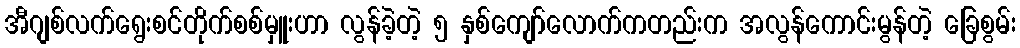
အီဂျစ်လက်ရွေးစင်တိုက်စစ်မှူးဟာ လွန်ခဲ့တဲ့ ၅ နှစ်ကျော်လောက်ကတည်းက အလွန်ကောင်းမွန်တဲ့ ခြေစွမ်း